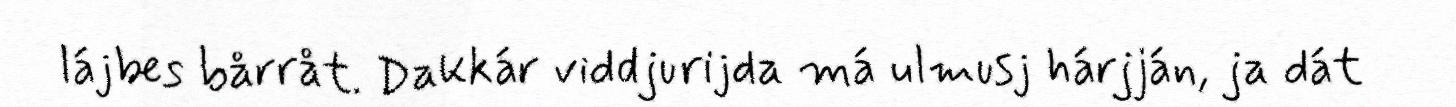
lájbes bårråt. Dakkár viddjurijda má ulmusj hárjján, ja dát